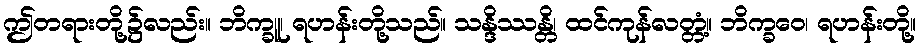
ဤတရားတို့၌လည်း။ ဘိက္ခူ၊ ရဟန်းတို့သည်။ သန္ဒိဿန္တိ၊ ထင်ကုန်လတ္တံ့။ ဘိက္ခဝေ၊ ရဟန်းတို့။